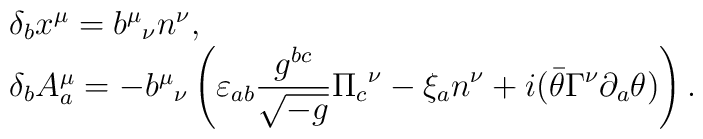
\begin{array}{l}\delta_bx^\mu={b^\mu}_\nu n^\nu,\\\delta_bA^\mu_a=-{b^\mu}_\nu\displaystyle\left(\varepsilon_{ab}\frac{g^{bc}}{\sqrt{-g}}{\Pi_c}^\nu-\xi_an^\nu+i(\bar\theta\Gamma^\nu\partial_a\theta)\right).\end{array}